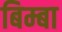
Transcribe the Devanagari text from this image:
बिम्बा